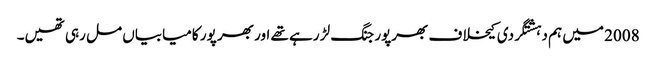
2008 میں ہم دہشتگردی کیخلاف بھرپور جنگ لڑ رہے تھے اور بھر پور کامیابیاں مل رہی تھیں۔